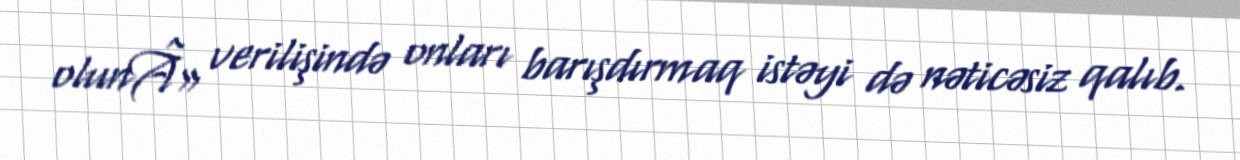
olunÂ» verilişində onları barışdırmaq istəyi də nəticəsiz qalıb.